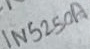
Text: 1N5250A